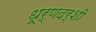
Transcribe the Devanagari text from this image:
धूर्णदर्शी